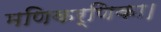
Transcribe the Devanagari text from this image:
मणिकर्णिका।